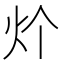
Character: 𱪧